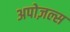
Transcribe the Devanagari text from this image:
अपोज़ल्स